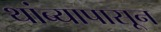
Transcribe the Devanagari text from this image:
थांब्यापासून